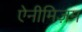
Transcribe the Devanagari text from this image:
ऐनीमिज़म